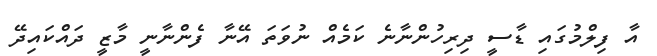
އާ ފިލްމުގައި ޑާސީ ދިރިހުންނާނެ ކަމެއް ނުވަތަ އޭނާ ފެންނާނީ މާޒީ ދައްކައިދޭ